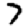
Digit: 7